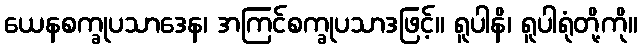
ယေနစက္ခုပသာဒေန၊ အကြင်စက္ခုပသာဒဖြင့်။ ရူပါနိ၊ ရူပါရုံတို့ကို။